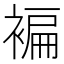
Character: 褊